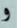
و